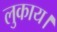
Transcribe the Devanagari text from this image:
लुकाय।